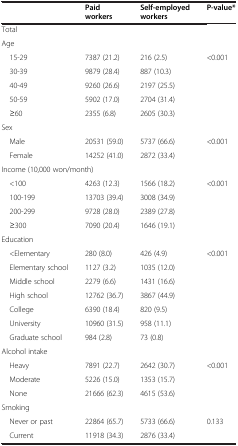
<table><thead><tr><td><b> </b></td><td><b>Paid workers</b></td><td><b>Self-employed workers</b></td><td><b>P-value*</b></td></tr></thead><tbody><tr><td colspan="4">Total</td></tr><tr><td colspan="4">Age</td></tr><tr><td> 15-29</td><td>7387 (21.2)</td><td>216 (2.5)</td><td>&lt;0.001</td></tr><tr><td> 30-39</td><td>9879 (28.4)</td><td>887 (10.3)</td><td> </td></tr><tr><td> 40-49</td><td>9260 (26.6)</td><td>2197 (25.5)</td><td> </td></tr><tr><td> 50-59</td><td>5902 (17.0)</td><td>2704 (31.4)</td><td> </td></tr><tr><td> ≥60</td><td>2355 (6.8)</td><td>2605 (30.3)</td><td> </td></tr><tr><td colspan="4">Sex</td></tr><tr><td> Male</td><td>20531 (59.0)</td><td>5737 (66.6)</td><td>&lt;0.001</td></tr><tr><td> Female</td><td>14252 (41.0)</td><td>2872 (33.4)</td><td> </td></tr><tr><td colspan="4">Income (10,000 won/month)</td></tr><tr><td> &lt;100</td><td>4263 (12.3)</td><td>1566 (18.2)</td><td>&lt;0.001</td></tr><tr><td> 100-199</td><td>13703 (39.4)</td><td>3008 (34.9)</td><td> </td></tr><tr><td> 200-299</td><td>9728 (28.0)</td><td>2389 (27.8)</td><td> </td></tr><tr><td> ≥300</td><td>7090 (20.4)</td><td>1646 (19.1)</td><td> </td></tr><tr><td colspan="4">Education</td></tr><tr><td> &lt;Elementary</td><td>280 (8.0)</td><td>426 (4.9)</td><td>&lt;0.001</td></tr><tr><td> Elementary school</td><td>1127 (3.2)</td><td>1035 (12.0)</td><td> </td></tr><tr><td> Middle school</td><td>2279 (6.6)</td><td>1431 (16.6)</td><td> </td></tr><tr><td> High school</td><td>12762 (36.7)</td><td>3867 (44.9)</td><td> </td></tr><tr><td> College</td><td>6390 (18.4)</td><td>820 (9.5)</td><td> </td></tr><tr><td> University</td><td>10960 (31.5)</td><td>958 (11.1)</td><td> </td></tr><tr><td> Graduate school</td><td>984 (2.8)</td><td>73 (0.8)</td><td> </td></tr><tr><td colspan="4">Alcohol intake</td></tr><tr><td> Heavy</td><td>7891 (22.7)</td><td>2642 (30.7)</td><td>&lt;0.001</td></tr><tr><td> Moderate</td><td>5226 (15.0)</td><td>1353 (15.7)</td><td> </td></tr><tr><td> None</td><td>21666 (62.3)</td><td>4615 (53.6)</td><td> </td></tr><tr><td colspan="4">Smoking</td></tr><tr><td> Never or past</td><td>22864 (65.7)</td><td>5733 (66.6)</td><td>0.133</td></tr><tr><td> Current</td><td>11918 (34.3)</td><td>2876 (33.4)</td><td> </td></tr></tbody></table>